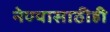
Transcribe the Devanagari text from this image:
नेण्यासाठीही